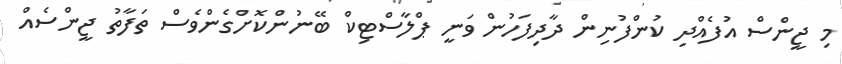
މި ޖީންސް އުފެއްދި ކުންފުނިން ދާދިފަހުން ވަނީ ޕްލާސްޓިކް ބޭނުންކޮށްގެންވެސް ތަފާތު ޖީންސެއް